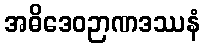
အဓိဒေဝဉာဏဒဿနံ